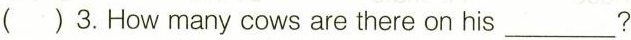
( )3.How many cows are there on his ___?